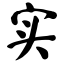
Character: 实